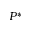
P ^ { * }